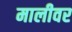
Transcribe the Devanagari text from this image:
मालीवर